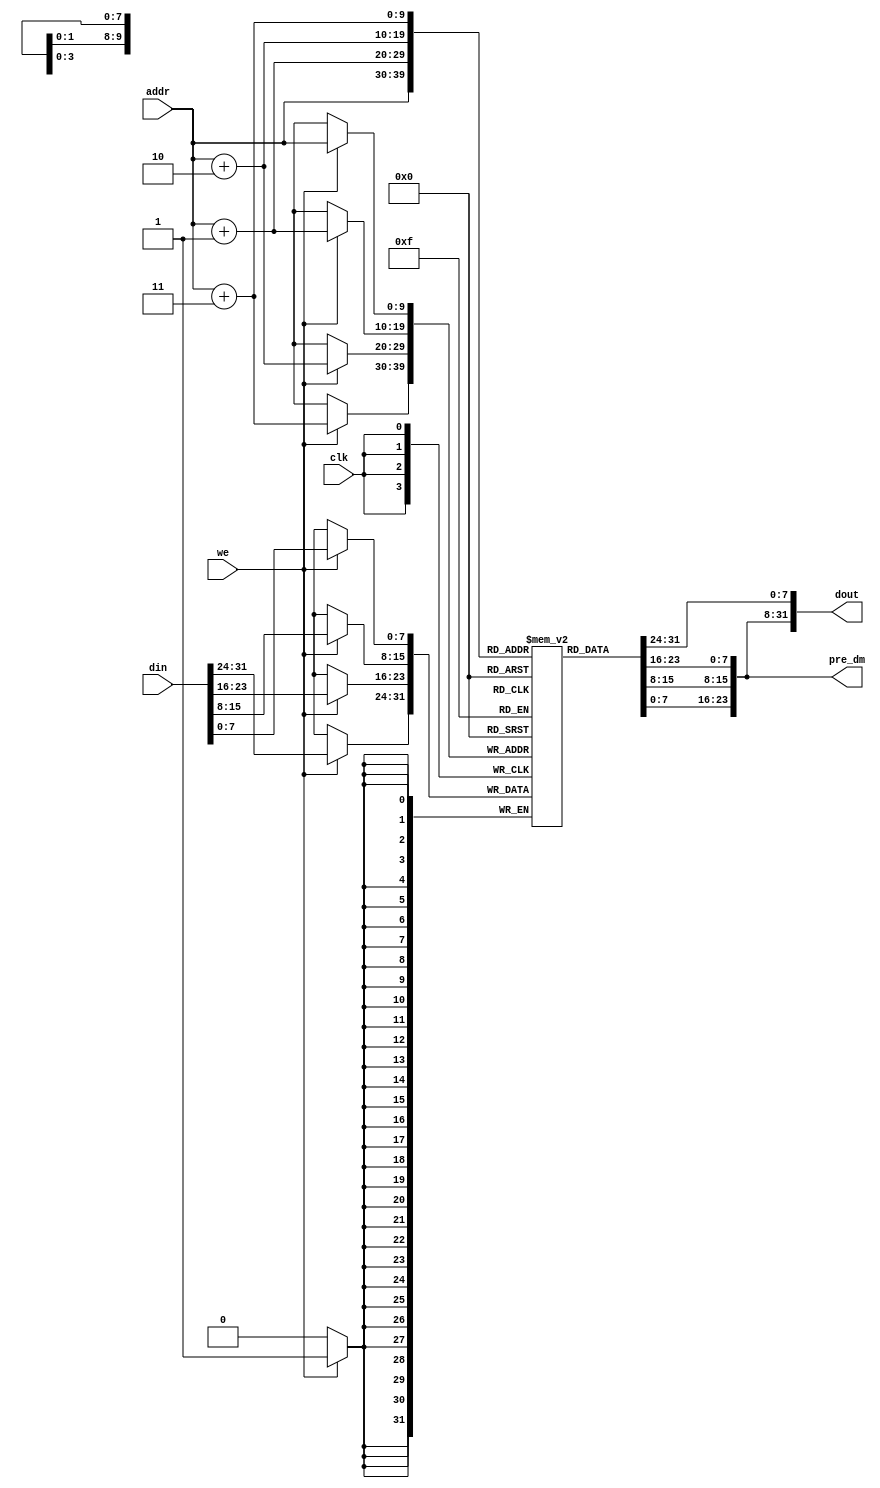
module dm(addr,din,we,clk,dout,pre_dm);
    input [9:0] addr;
    input [31:0] din;   //rt
    input we;
    input clk;
    output [31:0] dout;
    output [23:0] pre_dm;
    reg [7:0] dm[1023:0];
    integer i;

    initial begin
        for(i=0;i<1024;i=i+1) dm[i]<=8'b0;
    end

    `define little_endian {dm[addr+3],dm[addr+2],dm[addr+1],dm[addr]}    //
    assign dout = `little_endian;
    assign pre_dm = {dm[addr+3],dm[addr+2],dm[addr+1]};


    always@(posedge clk)
    begin
        if(we) `little_endian <= din;
    end
     
endmodule